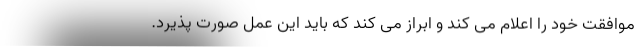
موافقت خود را اعلام می کند و ابراز می کند که باید این عمل صورت پذیرد.